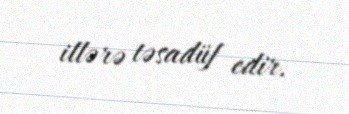
illərə təsadüf edir.